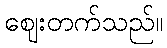
ဈေးတက်သည်။